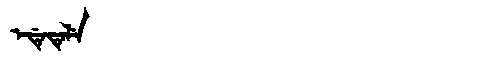
Manchu: ᡝᡩᡝᡨᡝᠯᡝ
Romanization: EDETELE